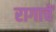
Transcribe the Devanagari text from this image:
रागाचें